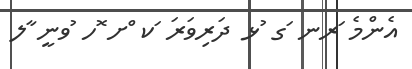
އެންމެ ަރނ ަގ ުޅ ދަރިވަރަ ަކ ްށ ޮހ ުވނީ ާލ